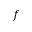
f